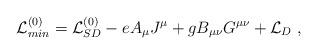
LaTeX: \begin{align*}{\cal L}_{min}^{(0)} = {\cal L}_{SD}^{(0)} - e A_\mu J^\mu + g B_{\mu\nu}G^{\mu\nu} +{\cal L}_{D} \; ,\end{align*}